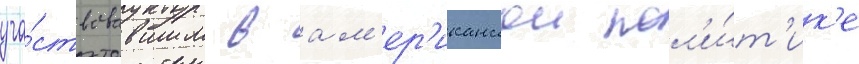
уча́ствовавшим в ам'ер'иканскои пол'и́т'ик'е